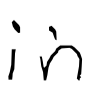
Text: in
Cross-out: clean
Writing tool: digital_black